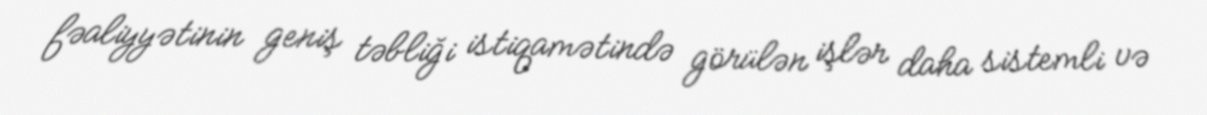
fəaliyyətinin geniş təbliği istiqamətində görülən işlər daha sistemli və